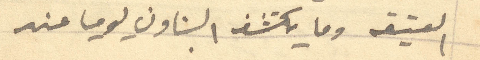
العتيقه وما يكشفه البناون يوميا عند